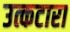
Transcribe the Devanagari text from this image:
उत्कटारा